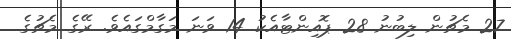
27 މެޗުން ލިބުނު 28 ޕޮއިންޓާއެކު 14 ވަނަ މަގާމްގައެވެ. ރޭގެ މެޗުގެ